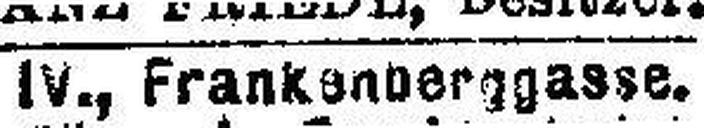
Hotel Kaiserhof,